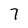
Character: 7